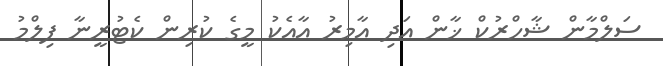
ސަލްމާން ޝާހްރުކް ޚާން އަދި އާމިރު އާއެކު މީގެ ކުރިން ކެޓުރީނާ ފިލްމު